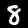
Digit: 8